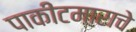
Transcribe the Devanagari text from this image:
पाकीटमाराचे